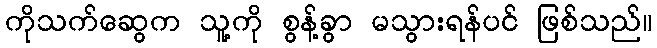
ကိုသက်ဆွေက သူ့ကို စွန့်ခွာ မသွားရန်ပင် ဖြစ်သည်။